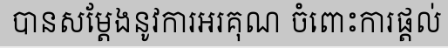
បានសម្តែងនូវការអរគុណ ចំពោះការផ្តល់